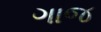
ગાજ